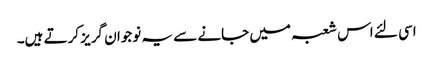
اسی لئے اس شعبہ میں جانے سے یہ نوجوان گریز کرتے ہیں۔